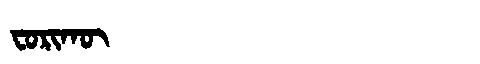
Manchu: ᠸᠣᡵᡳᡴᡡ
Romanization: FORIKŪ